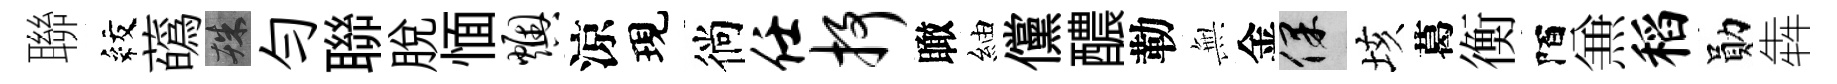
聯紋蘤殊勻聯脱愐燠涼現徜任抒瞰紬儻醲勒𭴾金保垓葛衡陌𠔥稻勛犇